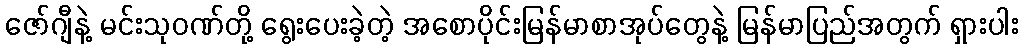
ဇော်ဂျီနဲ့ မင်းသုဝဏ်တို့ ရွေးပေးခဲ့တဲ့ အစောပိုင်းမြန်မာစာအုပ်တွေနဲ့ မြန်မာပြည်အတွက် ရှားပါး